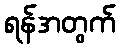
ရန်အတွက်